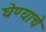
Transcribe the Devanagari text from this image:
घेण्‍याचे